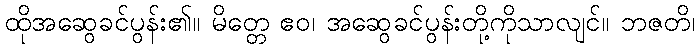
ထိုအဆွေခင်ပွန်း၏။ မိတ္တေ ဧဝ၊ အဆွေခင်ပွန်းတို့ကိုသာလျင်။ ဘဇတိ၊